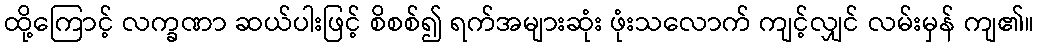
ထို့ကြောင့် လက္ခဏာ ဆယ်ပါးဖြင့် စိစစ်၍ ရက်အများဆုံး ဖုံးသလောက် ကျင့်လျှင် လမ်းမှန် ကျ၏။